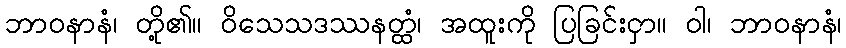
ဘာဝနာနံ၊ တို့၏။ ဝိသေသဒဿနတ္ထံ၊ အထူးကို ပြခြင်းငှာ။ ဝါ၊ ဘာဝနာနံ၊